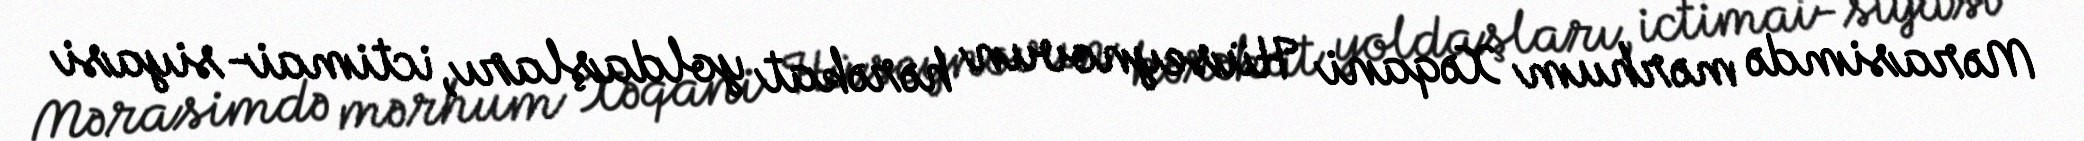
Mərasimdə mərhum Xəqani Hüseynovun hərəkat yoldaşları, ictimai-siyasi